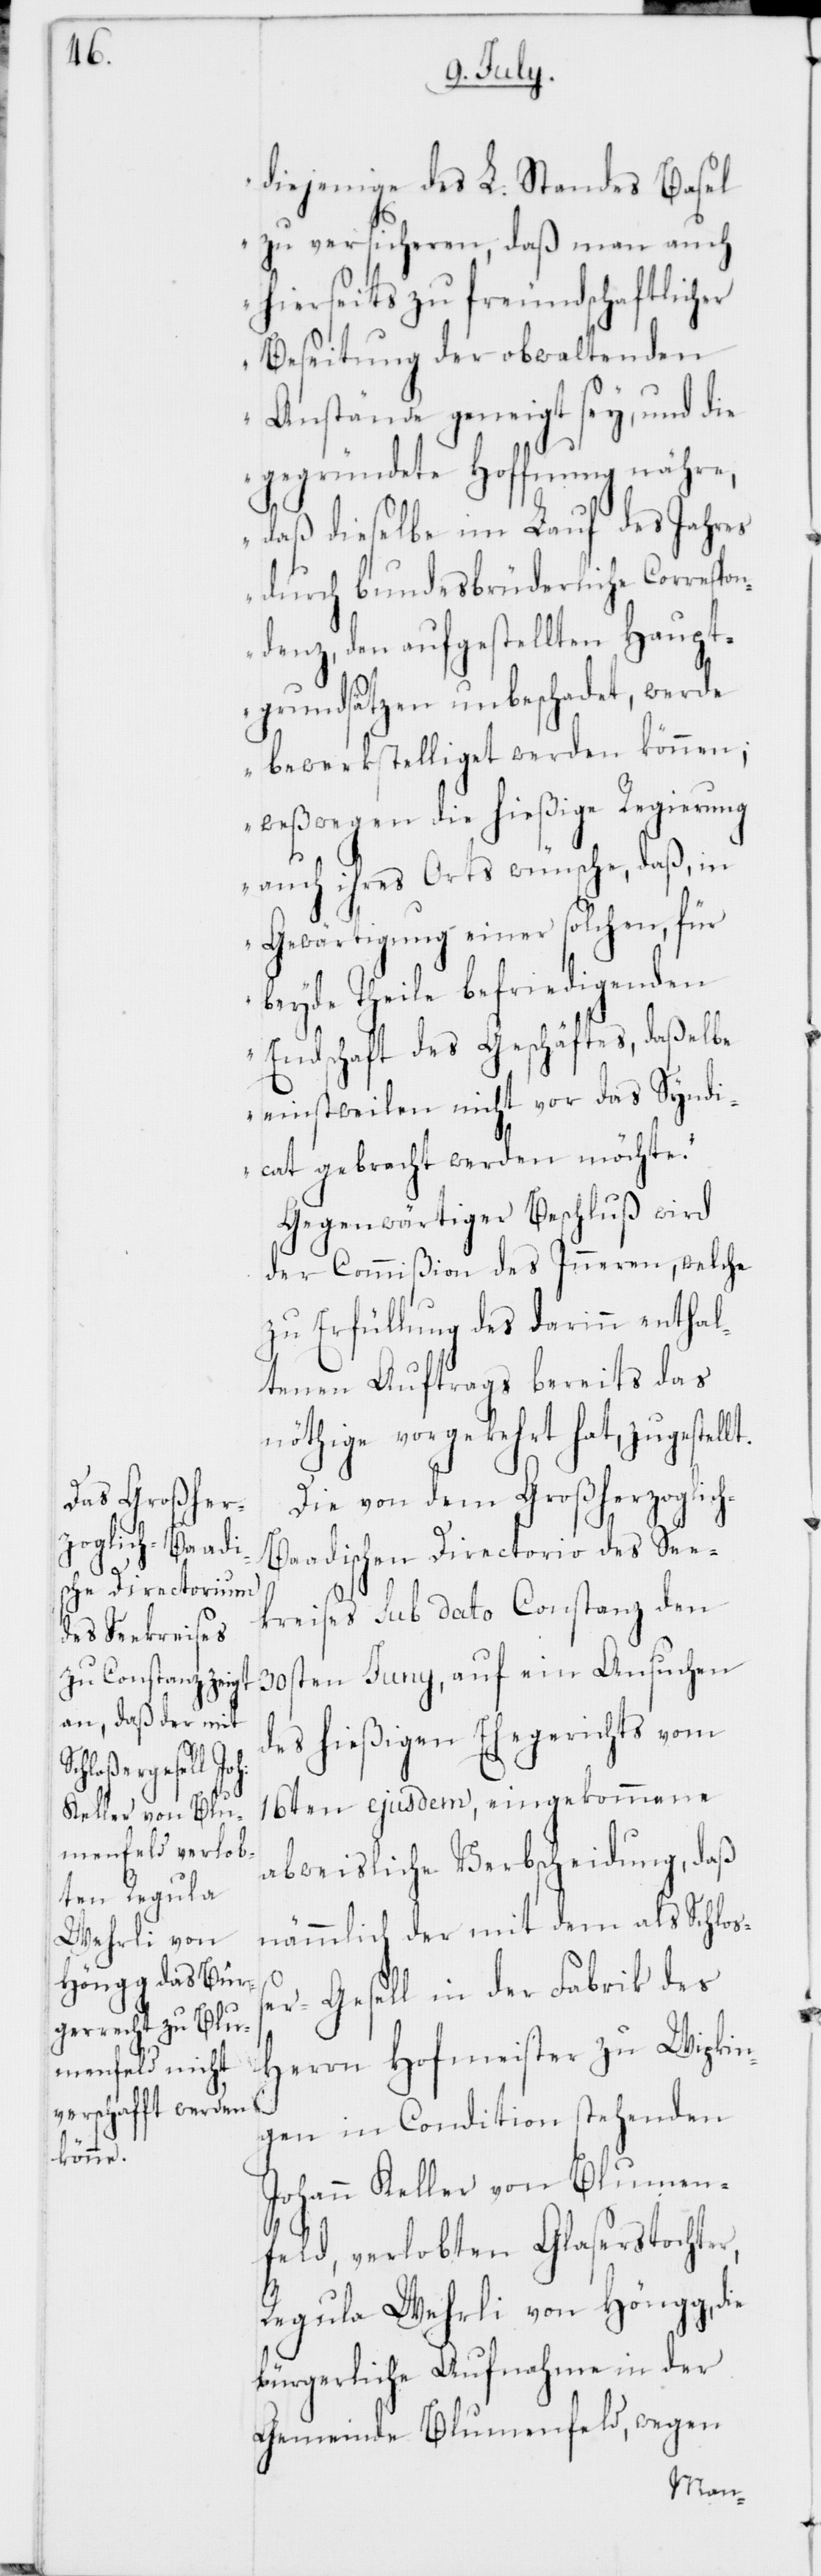
lt.

diejenige des L. Standes Basel
zu versicheren, daß man auch
hierseits zu freundschaftlicher
Beseitigung der obwaltenden
Anstände geneigt sey, und die
gegründete Hoffnung nähre,
daß dieselbe im Lauf des Jahres
durch bundesbrüderliche Correspon¬
denz, den aufgestellten Haupt¬
grundsätzen unbeschadet, werde
bewerkstelliget werden können;
weßwegen die hießige Regierung
auch ihres Orts wünsche, daß, in
Gewärtigung einer solchen, für
beyde Theile befriedigenden
Endschaft des Geschäftes, daßelbe
einstweilen nicht vor das Syndi¬
cat gebracht werden möchte.“
Gegenwärtiger Beschluß wird
der Commißion des Inneren, welche
zu Erfüllung des darinn enthal¬
tenen Auftrags bereits das
Nöthige vorgekehrt hat, zugestel¬
Die von dem Großherzoglic¬
h-Baadischen Directorio des See¬
kreises sub dato Constanz den
30sten Juny, auf ein Ansuchen
des hießigen Ehegerichts vom
16ten ejusdem, eingekommene
abweisliche Verbscheidung, daß
nämmlich der mit dem als Schloß¬
er-Gesell in der Fabrik des
Herrn Hofmeister zu Wipkin¬
gen in Condition stehenden
Johann Keller von Blumen¬
feld, verlobten Glaserstochter,
Regula Wehrli von Höngg, die
bürgerliche Aufnahme in der
Gemeinde Blumenfeld, wegen